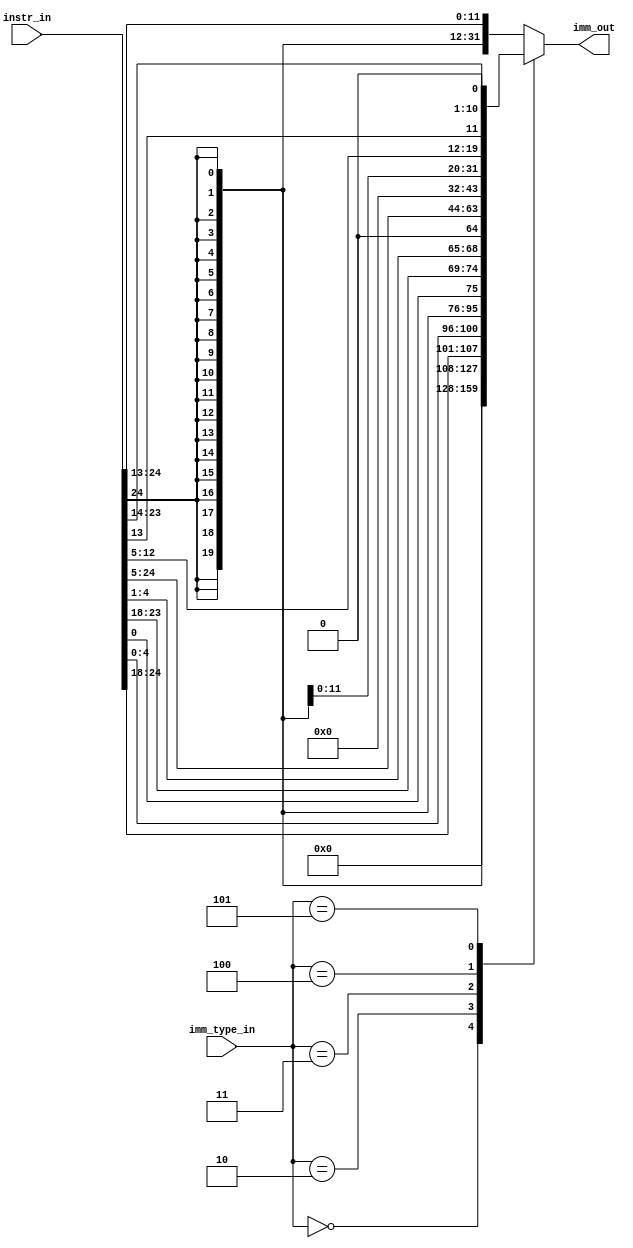
module imm_generator(
    input   [31:7]    instr_in,
    input   [2:0]     imm_type_in,
    output  [31:0]    imm_out
);

    // Declaring Nets
    reg [31:0] i_type, s_type, b_type, u_type, j_type, csr_type;
    
    reg [31:0] imm_out_net;
    
    always @ (*)
    begin
        i_type   = {{20{instr_in[31]}}, instr_in[31:20]};
        s_type   = {{20{instr_in[31]}}, instr_in[31:25], instr_in[11:7]};
        b_type   = {{20{instr_in[31]}}, instr_in[7], instr_in[30:25], instr_in[11:8], 1'b0};
        u_type   = {instr_in[31:12], 12'h000};
        j_type   = {{12{instr_in[31]}}, instr_in[19:12], instr_in[20], instr_in[30:21], 1'b0};
        // csr_type = {27'b0, instr_in[19:15]};
    end
    
    always @ (*)
    begin
        case(imm_type_in)
            3'b000: imm_out_net = 32'h00000000;
            3'b001: imm_out_net = i_type;
            3'b010: imm_out_net = s_type;
            3'b011: imm_out_net = b_type;
            3'b100: imm_out_net = u_type;
            3'b101: imm_out_net = j_type;
        //  3'b110: imm_out_net = csr_type;
            3'b111: imm_out_net = i_type;
            default imm_out_net = i_type;
        endcase
    end
    
    assign imm_out[31:0] = imm_out_net[31:0];
endmodule